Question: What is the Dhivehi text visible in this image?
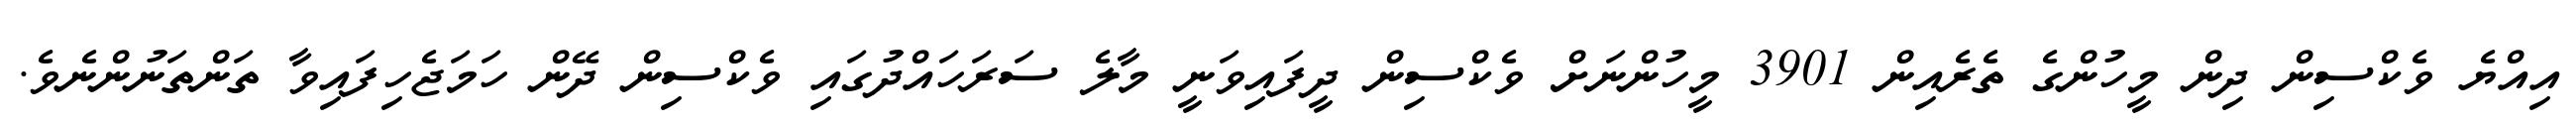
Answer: އިއްޔެ ވެކްސިން ދިން މީހުންގެ ތެރެއިން 3901 މީހުންނަށް ވެކްސިން ދީފައިވަނީ މާލެ ސަރަހައްދުގައި ވެކްސިން ދޭން ހަމަޖެހިފައިވާ ތަންތަނުންނެވެ.